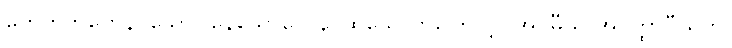
ဟေတုဘူတေန၊ သော။ နေသောတေန၊ ထိုသောတကြောင့်။ အဝဓီယ အဝတ္ထာပီယတိ၊